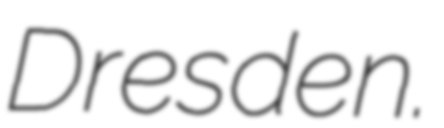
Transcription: Dresden.